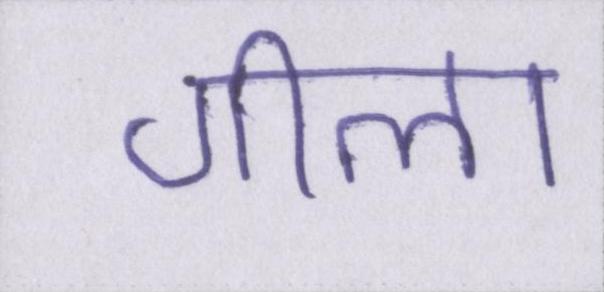
गीला